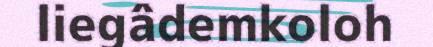
liegâdemkoloh